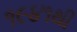
૧૯૪૧થી